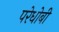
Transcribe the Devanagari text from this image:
परेधोबी